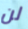
لن